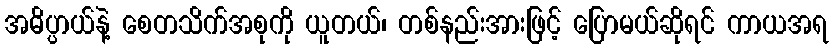
အဓိပ္ပာယ်နဲ့ စေတသိက်အစုကို ယူတယ်၊ တစ်နည်းအားဖြင့် ပြောမယ်ဆိုရင် ကာယအရ